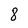
Character: 8